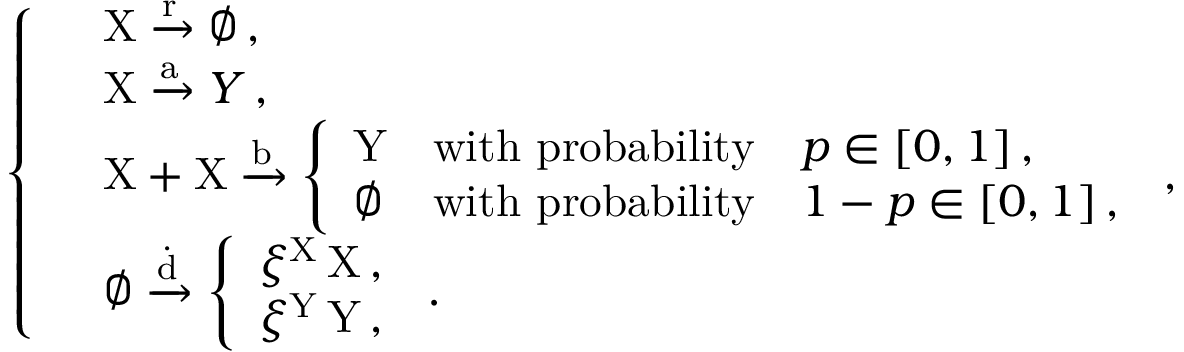
\left\{ \begin{array} { l l } & { \mathrm { X } \xrightarrow { \mathrm { r } } \emptyset \, , } \\ & { \mathrm { X } \xrightarrow { \mathrm { a } } Y \, , } \\ & { \mathrm { X } + \mathrm { X } \xrightarrow { \mathrm { b } } \left\{ \begin{array} { l l } { \mathrm { Y } } & { \mathrm { w i t h ~ p r o b a b i l i t y } \quad p \in [ 0 , 1 ] \, , } \\ { \emptyset } & { \mathrm { w i t h ~ p r o b a b i l i t y } \quad 1 - p \in [ 0 , 1 ] \, , } \end{array} \right. \, , } \\ & { \emptyset \xrightarrow { \dot { \mathrm { d } } } \left\{ \begin{array} { l l } { \xi ^ { \mathrm { X } } \, \mathrm { X } \, , } \\ { \xi ^ { \mathrm { Y } } \, \mathrm { Y } \, , } \end{array} \right. \, . } \end{array} \right.